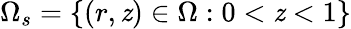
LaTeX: \Omega_{s}=\{ (r,\mathit{z})\in\Omega:0<\mathit{z}<1\}